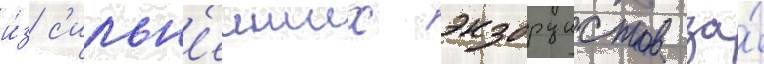
и́з с'ильн'еиших экзорцистов за́